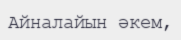
Айналайын әкем,